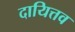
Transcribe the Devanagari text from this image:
दायित्तव